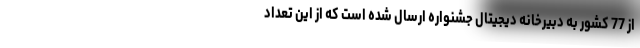
از 77 کشور به دبیرخانه دیجیتال جشنواره ارسال شده است که از این تعداد